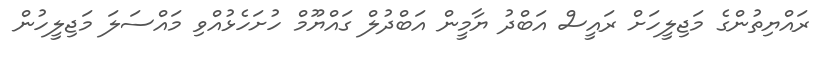
ރައްޔިތުންގެ މަޖިލީހަށް ރައީސް އަބްދު ޔާމީން އަބްދުލް ގައްޔޫމް ހުށަހެޅުއްވި މައްސަލަ މަޖިލީހުން